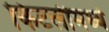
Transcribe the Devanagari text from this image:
किटलीमध्ये